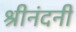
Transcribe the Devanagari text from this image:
श्रीनंदनी